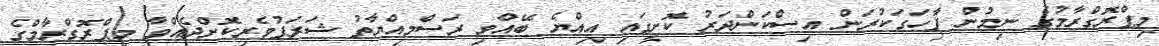
މިޕްރޮގްރާމުގެ ނިމުން ފާހަގަކުރަން އިސްކަންދަރު ކޮށީގައި އިއްޔެ ބޭއްވި ރަސްމިއްޔާތު ޝަރަފުވެރިކޮށްދެއްވާ މިޕްރޮގްރާމްގެ